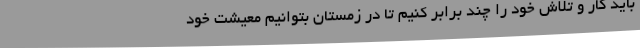
باید کار و تلاش خود را چند برابر کنیم تا در زمستان بتوانیم معیشت خود